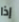
إذا